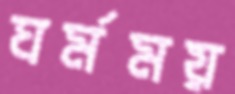
ঘর্মময়